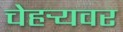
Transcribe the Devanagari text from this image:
चेहर्‍यवर